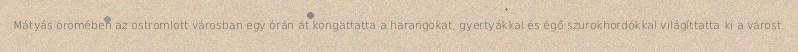
Mátyás örömében az ostromlott városban egy órán át kongattatta a harangokat, gyertyákkal és égő szurokhordókkal világíttatta ki a várost.